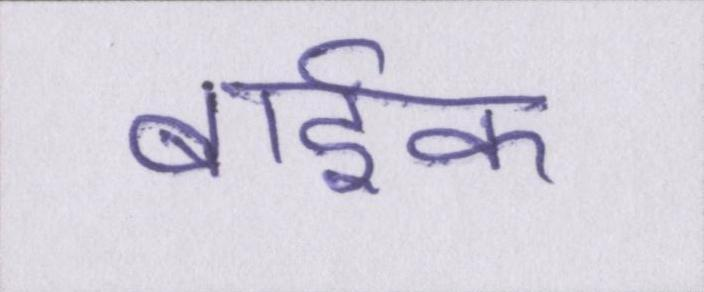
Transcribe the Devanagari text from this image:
बार्इक